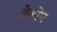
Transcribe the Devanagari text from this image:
तेकोंग